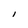
Character: l